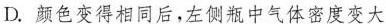
D.颜色变得相同后，左侧瓶中气体密度变大